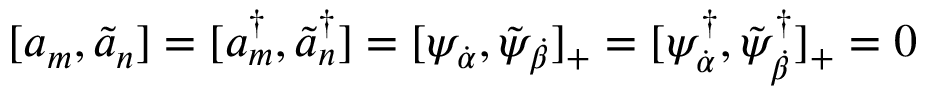
[ a _ { m } , \tilde { a } _ { n } ] = [ a _ { m } ^ { \dagger } , \tilde { a } _ { n } ^ { \dagger } ] = [ \psi _ { \dot { \alpha } } , \tilde { \psi } _ { \dot { \beta } } ] _ { + } = [ \psi _ { \dot { \alpha } } ^ { \dagger } , \tilde { \psi } _ { \dot { \beta } } ^ { \dagger } ] _ { + } = 0